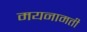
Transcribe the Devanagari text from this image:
मयनामती